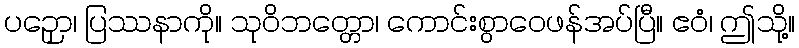
ပဉှော၊ ပြဿနာကို။ သုဝိဘတ္တော၊ ကောင်းစွာဝေဖန်အပ်ပြီ။ ဧဝံ၊ ဤသို့။